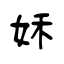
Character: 姀